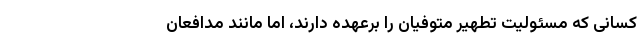
کسانی که مسئولیت تطهیر متوفیان را برعهده دارند، اما مانند مدافعان